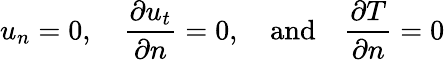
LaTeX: u_{n}=0,\quad\frac{\partial u_{t}}{\partial n}=0,\quad\textrm{and}\quad\frac{\partial T}{\partial n}=0